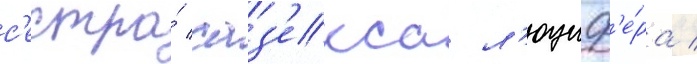
с'естра́ саз'екса л'юциф'е́ра /